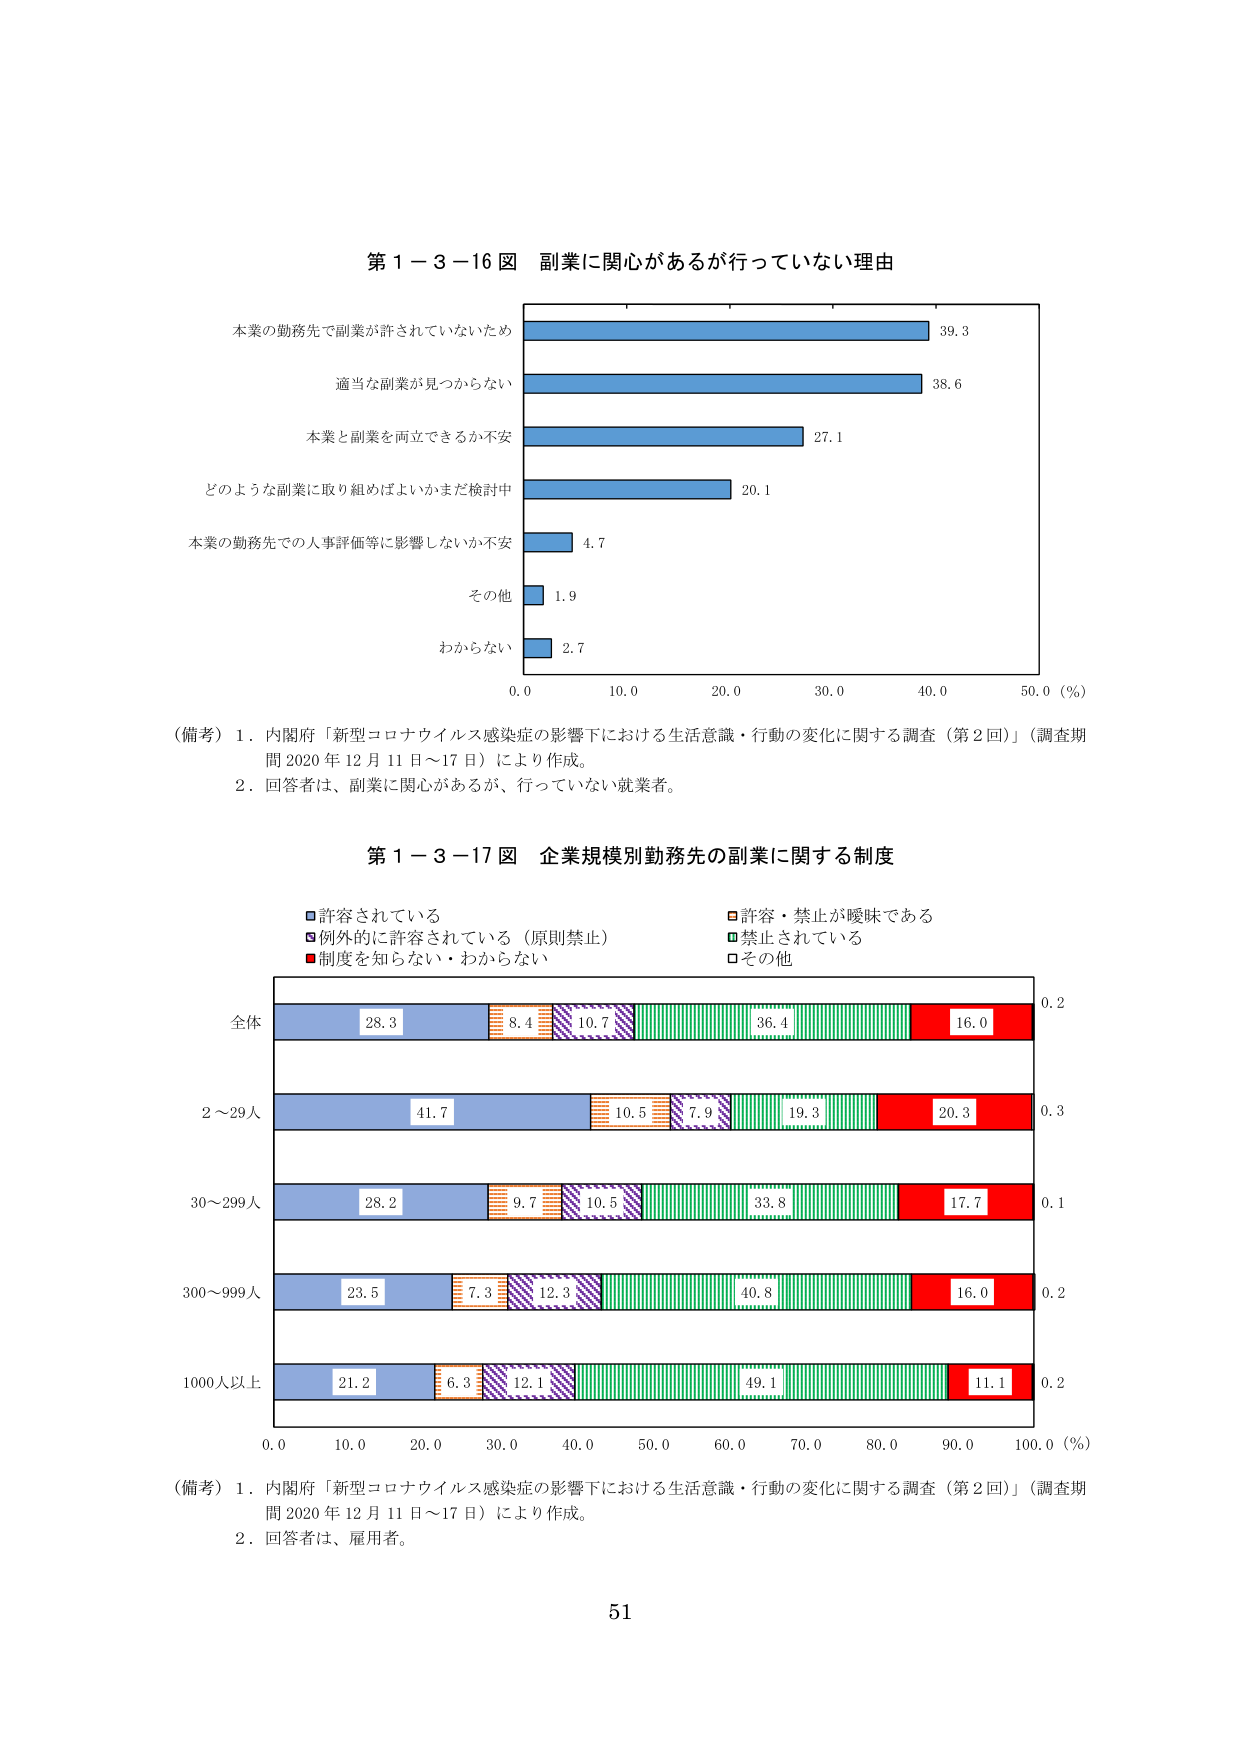
第１－３－１６図 副業に関心があるが行っていない理由

本業の勤務先で副業が許されていないため 39.3
適当な副業が見つからない 38.6
本業と副業を両立できるか不安 27.1
どのような副業に取り組めばよいかまだ検討中 20.1
本業の勤務先での人事評価等に影響しないか不安 4.7
その他 1.9
わからない 2.7

0.0 10.0 20.0 30.0 40.0 50.0（％）

（備考）１．内閣府「新型コロナウイルス感染症の影響下における生活意識・行動の変化に関する調査（第２回）」（調査期間 2020年12月11日～17日）により作成。
　　　２．回答者は、副業に関心があるが、行っていない就業者。

第１－３－１７図 企業規模別勤務先の副業に関する制度

■許容されている
■例外的に許容されている（原則禁止）
■制度を知らない・わからない
■許容・禁止が曖昧である
■禁止されている
■その他

全体 28.3 8.4 10.7 36.4 16.0 0.2
2～29人 41.7 10.5 7.9 19.3 20.3 0.3
30～299人 28.2 9.7 10.5 33.8 17.7 0.1
300～999人 23.5 7.3 12.3 40.8 16.0 0.2
1000人以上 21.2 6.3 12.1 49.1 11.1 0.2

0.0 10.0 20.0 30.0 40.0 50.0 60.0 70.0 80.0 90.0 100.0（％）

（備考）１．内閣府「新型コロナウイルス感染症の影響下における生活意識・行動の変化に関する調査（第２回）」（調査期間 2020年12月11日～17日）により作成。
　　　２．回答者は、雇用者。

51